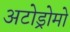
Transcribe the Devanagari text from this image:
अटोड्रोमो